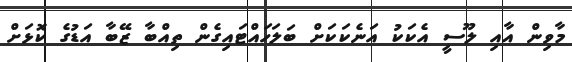
މާވިން އާއި ލޫސީ އެކަކު އަނެކަކަށް ބަލަހައްޓައިގެން ތިއްބާ ޒޭބާ އަޑުގެ ކޮޅަށް